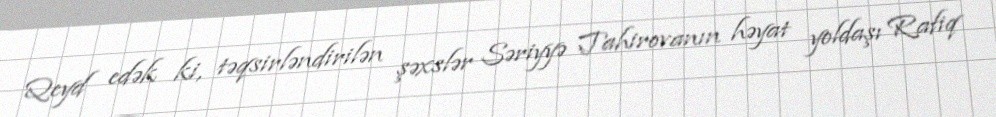
Qeyd edək ki, təqsirləndirilən şəxslər Səriyyə Tahirovanın həyat yoldaşı Rafiq